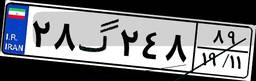
۲۸گ۲۴۸۸۹